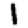
Digit: 1